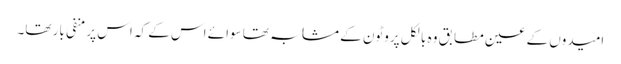
امیدوں کے عین مطابق وہ بالکل پروٹون کے مشابہ تھا سوائے اس کے کہ اس پر منفی بار تھا۔